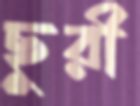
ছুরী